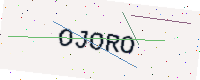
Text: OJORO